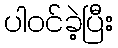
ပါဝင်ခဲ့ပြီး